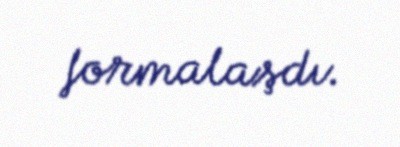
formalaşdı.